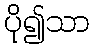
ပို၍သာ